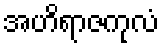
အဟိရာဇကုလံ